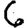
Digit: 6